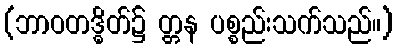
(ဘာဝတဒ္ဓိတ်၌ တ္တန ပစ္စည်းသက်သည်။)